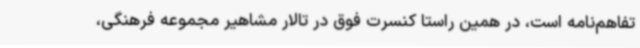
تفاهم‌نامه است، در همین راستا کنسرت فوق در تالار مشاهیر مجموعه فرهنگی،